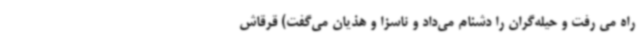
راه می رفت و حیله‌گران را دشنام می‌داد و ناسزا و هذیان می‌گفت) قرقاش